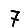
Digit: 7